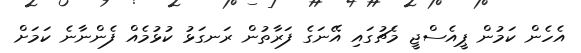
އެހެން ކަމުން ޕީއެސްޖީ މެޗުގައި އޭނަގެ ފަރާތުން ރަނގަޅު ކުޅުމެއް ފެންނާނެ ކަމަށް